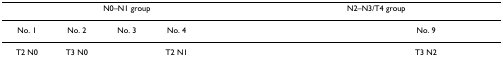
<table><thead><tr><td colspan="5"><b>N0–N1 group</b></td><td colspan="5"><b>N2–N3/T4 group</b></td></tr></thead><tbody><tr><td>No. 1</td><td>No. 2</td><td>No. 3</td><td>No. 4</td><td>[EMPTY_CELL]</td><td>[EMPTY_CELL]</td><td>[EMPTY_CELL]</td><td>[EMPTY_CELL]</td><td>No. 9</td><td>[EMPTY_CELL]</td></tr><tr><td>T2 N0</td><td>T3 N0</td><td>[EMPTY_CELL]</td><td>T2 N1</td><td>[EMPTY_CELL]</td><td>[EMPTY_CELL]</td><td>[EMPTY_CELL]</td><td>[EMPTY_CELL]</td><td>T3 N2</td><td>[EMPTY_CELL]</td></tr></tbody></table>